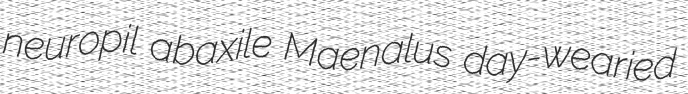
neuropil abaxile Maenalus day-wearied